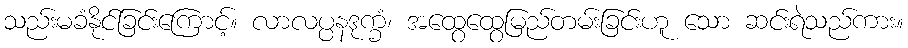
သည်းမခံနိုင်ခြင်းကြောင့်။ လာလပ္ပနဒုက္ခံ၊ အထွေထွေမြည်တမ်းခြင်းဟူ သော ဆင်းရဲသည်ကား။